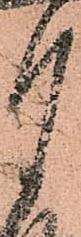
月